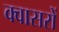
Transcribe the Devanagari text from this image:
क्वासरों